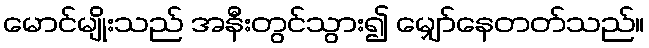
မောင်မျိုးသည် အနီးတွင်သွား၍ မျှော်နေတတ်သည်။